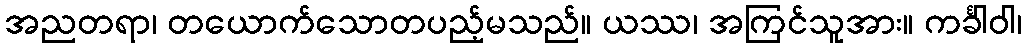
အညတရာ၊ တယောက်သောတပည့်မသည်။ ယဿ၊ အကြင်သူအား။ ကင်္ခါဝါ၊